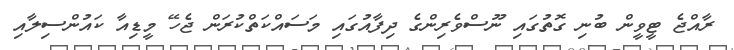
ރާއްޖެ ޓީވީން ބުނި ގޮތުގައި ނޫސްވެރިންގެ ދިފާއުގައި މަސައްކަތްކުރަން ޖެހޭ މީޑިއާ ކައުންސިލާއި